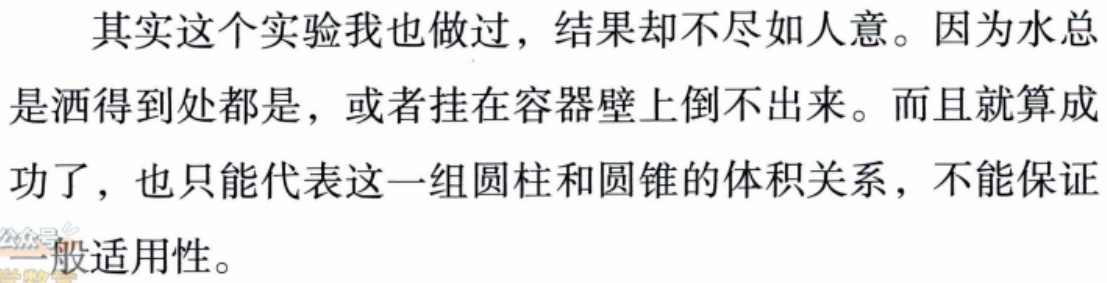
其实这个实验我也做过，结果却不尽如人意。因为水总是洒得到处都是，或者挂在容器壁上倒不出来。而且就算成功了，也只能代表这一组圆柱和圆锥的体积关系，不能保证一般适用性。